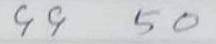
99 50